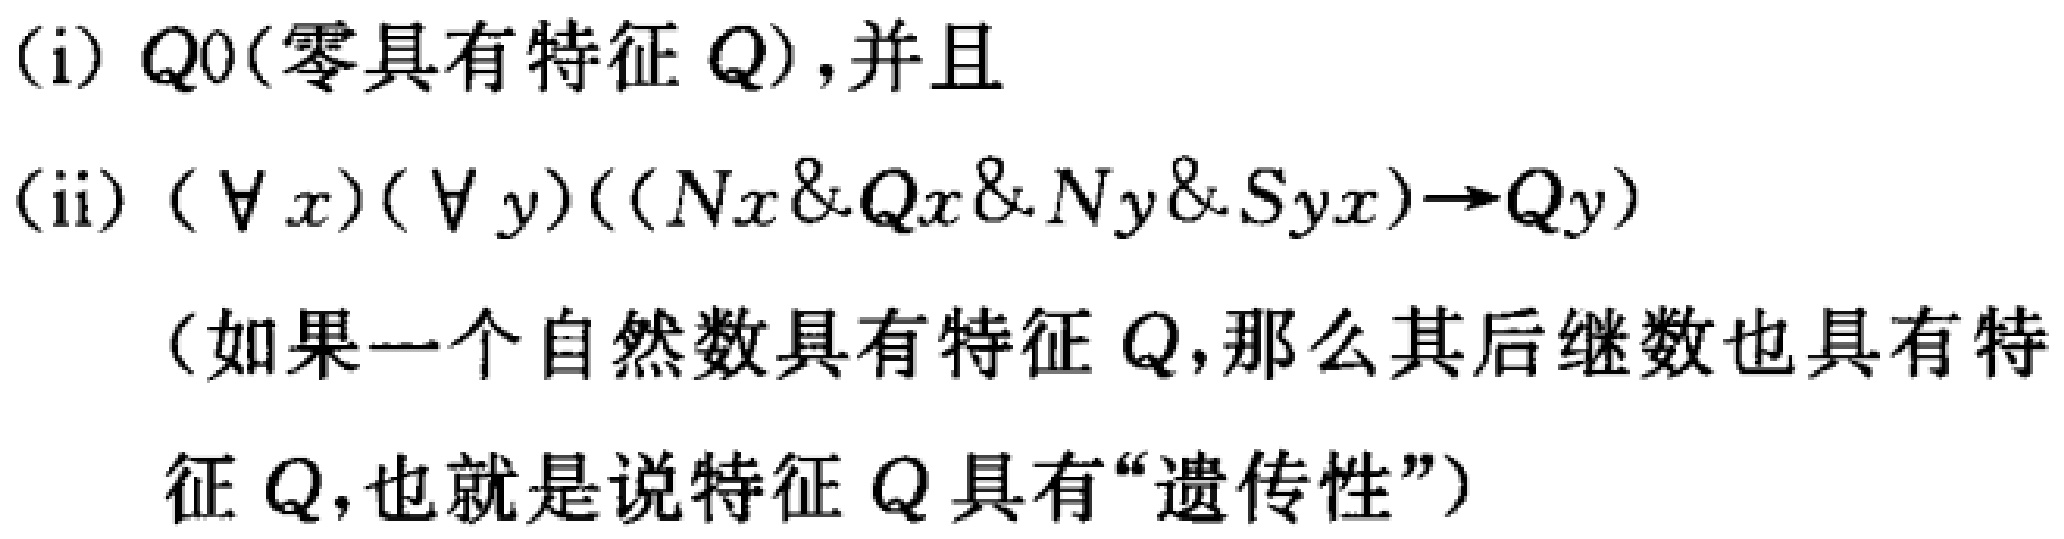
(i) \(Q0\)(零具有特征 \(Q\)),并且

(ii) \((\forall x)(\forall y)((Nx\&Qx\&Ny\&Syx)\to Qy)\)

(如果一个自然数具有特征 \(Q\),那么其后继数也具有特征 \(Q\),也就是说特征 \(Q\)具有“遗传性”)